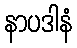
နာပဒါနံ